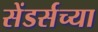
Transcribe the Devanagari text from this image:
सेंडर्सच्या